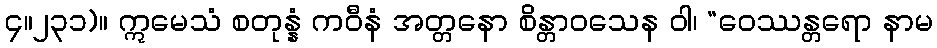
၄။၂၃၁)။ ဣမေသံ စတုန္နံ ကဝီနံ အတ္တနော စိန္တာဝသေန ဝါ၊ “ဝေဿန္တရော နာမ